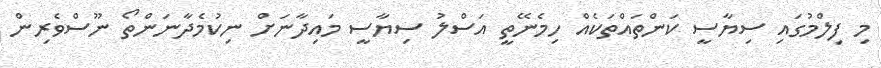
މި ފިލްމުގައި ސިޔާސީ ކަންތައްތަކެއް ހިމެނޭތީ އަސްލު ސިޔާސީ މައިދާނަށް ނިކުމެދާނަންތޯ ނޫސްވެރިން